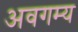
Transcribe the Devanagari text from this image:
अवगम्य